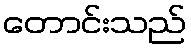
တောင်းသည်